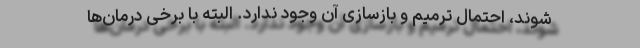
شوند، احتمال ترمیم و بازسازی آن وجود ندارد. البته با برخی درمان‌ها